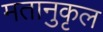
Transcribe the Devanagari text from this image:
मतानुकृल